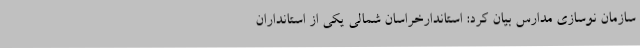
سازمان نوسازی مدارس بیان کرد: استاندارخراسان شمالی یکی از استانداران